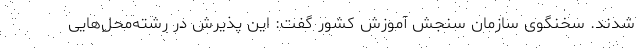
شدند. سخنگوی سازمان سنجش آموزش کشور گفت: این پذیرش در رشته‌محل‌هایی